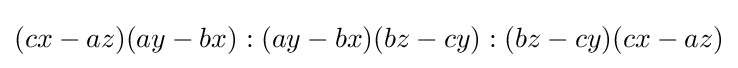
(cx-az)(ay-bx):(ay-bx)(bz-cy):(bz-cy)(cx-az)